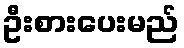
ဦးစားပေးမည်